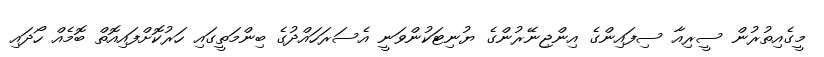
މީގެއިތުރުން ސީރިއާ ސިފައިންގެ އިންޖިނޭރުންގެ ޔުނިޓަކުންވަނީ އެސަރަހައްދުގެ ބިންމަތީގައި ހަރުކޮށްފައިއޮތް ބޮމެއް ހޯދައި